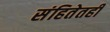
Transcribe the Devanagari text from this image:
संहितेतही